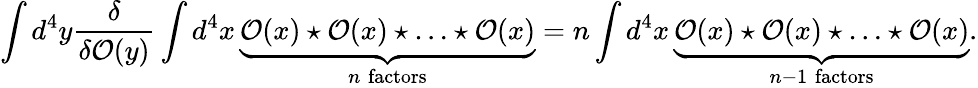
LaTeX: \int d^{4}y\frac{\delta}{\delta{\cal O}(y)}\int d^{4}x\, \underbrace{{\cal O}(x)\star{\cal O}(x)\star\ldots\star{\cal O}(x)}_{n\mathrm{\; factors}}=n\int d^{4}x\, \underbrace{{\cal O}(x)\star{\cal O}(x)\star\ldots\star{\cal O}(x)}_{n-1\mathrm{\; factors}}.